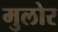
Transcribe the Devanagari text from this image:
मुलोर